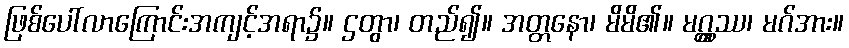
ဖြစ်ပေါ်လာကြောင်းအကျင့်အရာ၌။ ဌတွာ၊ တည်၍။ အတ္တနော၊ မိမိ၏။ မဂ္ဂ္ထဿ၊ မဂ်အား။